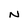
Character: N